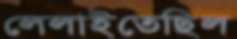
লেলাইতেছিল